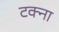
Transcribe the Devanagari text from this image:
टक्ना